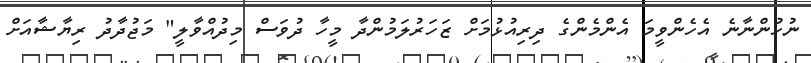
ނުހުންނާނެ އެހެންވީމަ އެންމެންގެ ދިރިއުޅުމަށް ޒަހަރުލަމުންދާ މީހާ ދުވަސް މިދުއްވާލީ" މަޖުދާދު ރިޔާޝާއަށް